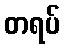
တရပ်